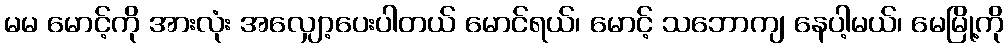
မမ မောင့်ကို အားလုံး အလျှော့ပေးပါတယ် မောင်ရယ်၊ မောင့် သဘောကျ နေပါ့မယ်၊ မေမြို့ကို